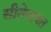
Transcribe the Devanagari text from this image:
सीतेबाबत